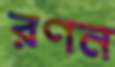
রণন